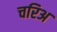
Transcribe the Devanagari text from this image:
चरिअ